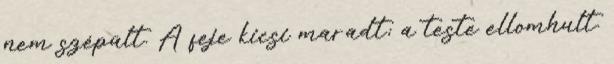
nem szépült. A feje kicsi maradt; a teste ellomhult.